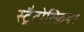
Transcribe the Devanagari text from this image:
स्ट्रैटोस्फ़ियर